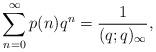
LaTeX: \begin{align*}\sum_{n=0}^\infty p(n)q^n=\dfrac{1}{(q;q)_\infty},\end{align*}